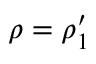
\rho = \rho _ { 1 } ^ { \prime }